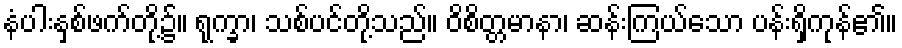
နံပါးနှစ်ဖက်တို့၌။ ရုက္ခာ၊ သစ်ပင်တို့သည်။ ဝိစိတ္တမာနာ၊ ဆန်းကြယ်သော ပန်းရှိကုန်၏။